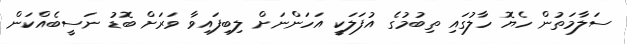
ސަލާމަތުން ހެޔޮ ހާލުގައި ތިބުމުގެ އުފަލަކީ އަހަންނަށް ލިބިފައިވާ ވަރަށް ބޮޑު ނަސީބެއްކަން